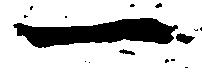
一